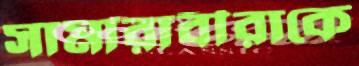
সামারাবীরাকে